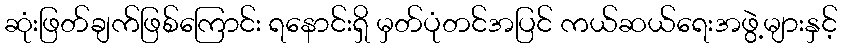
ဆုံးဖြတ်ချက်ဖြစ်ကြောင်း ရနောင်းရှိ မှတ်ပုံတင်အပြင် ကယ်ဆယ်ရေးအဖွဲ့များနှင့်